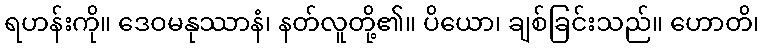
ရဟန်းကို။ ဒေဝမနုဿာနံ၊ နတ်လူတို့၏။ ပိယော၊ ချစ်ခြင်းသည်။ ဟောတိ၊